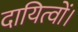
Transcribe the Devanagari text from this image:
दायित्वों।